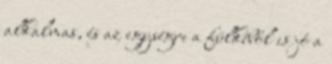
alkalmas, és az egységre a fülkéből is jó a